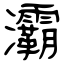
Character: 灞